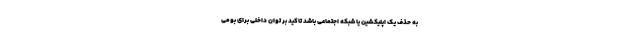
به حذف یک اپلیکشین یا شبکه اجتماعی باشد تاکید بر توان داخلی برای بومی